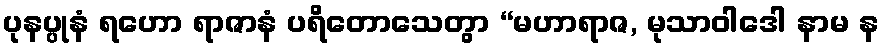
ပုနပ္ပုနံ ရဟော ရာဇာနံ ပရိတောသေတွာ “မဟာရာဇ, မုသာဝါဒေါ နာမ န